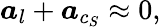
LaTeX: \boldsymbol{a}_{l}+\boldsymbol{a}_{c_{S}}\approx 0,